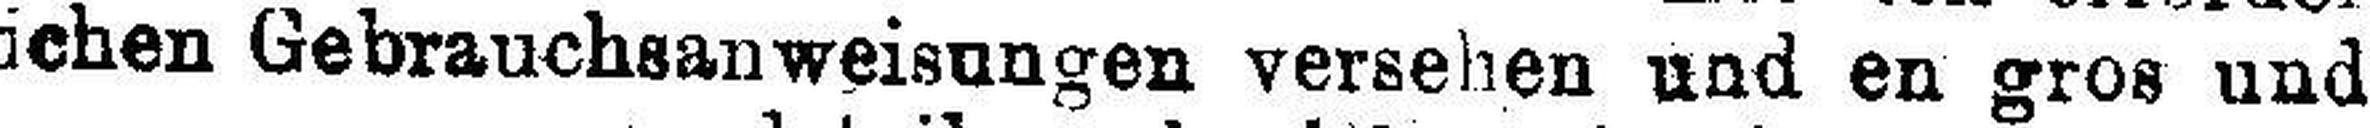
ichen Gebrauchsanweisungen versehen und en gros und